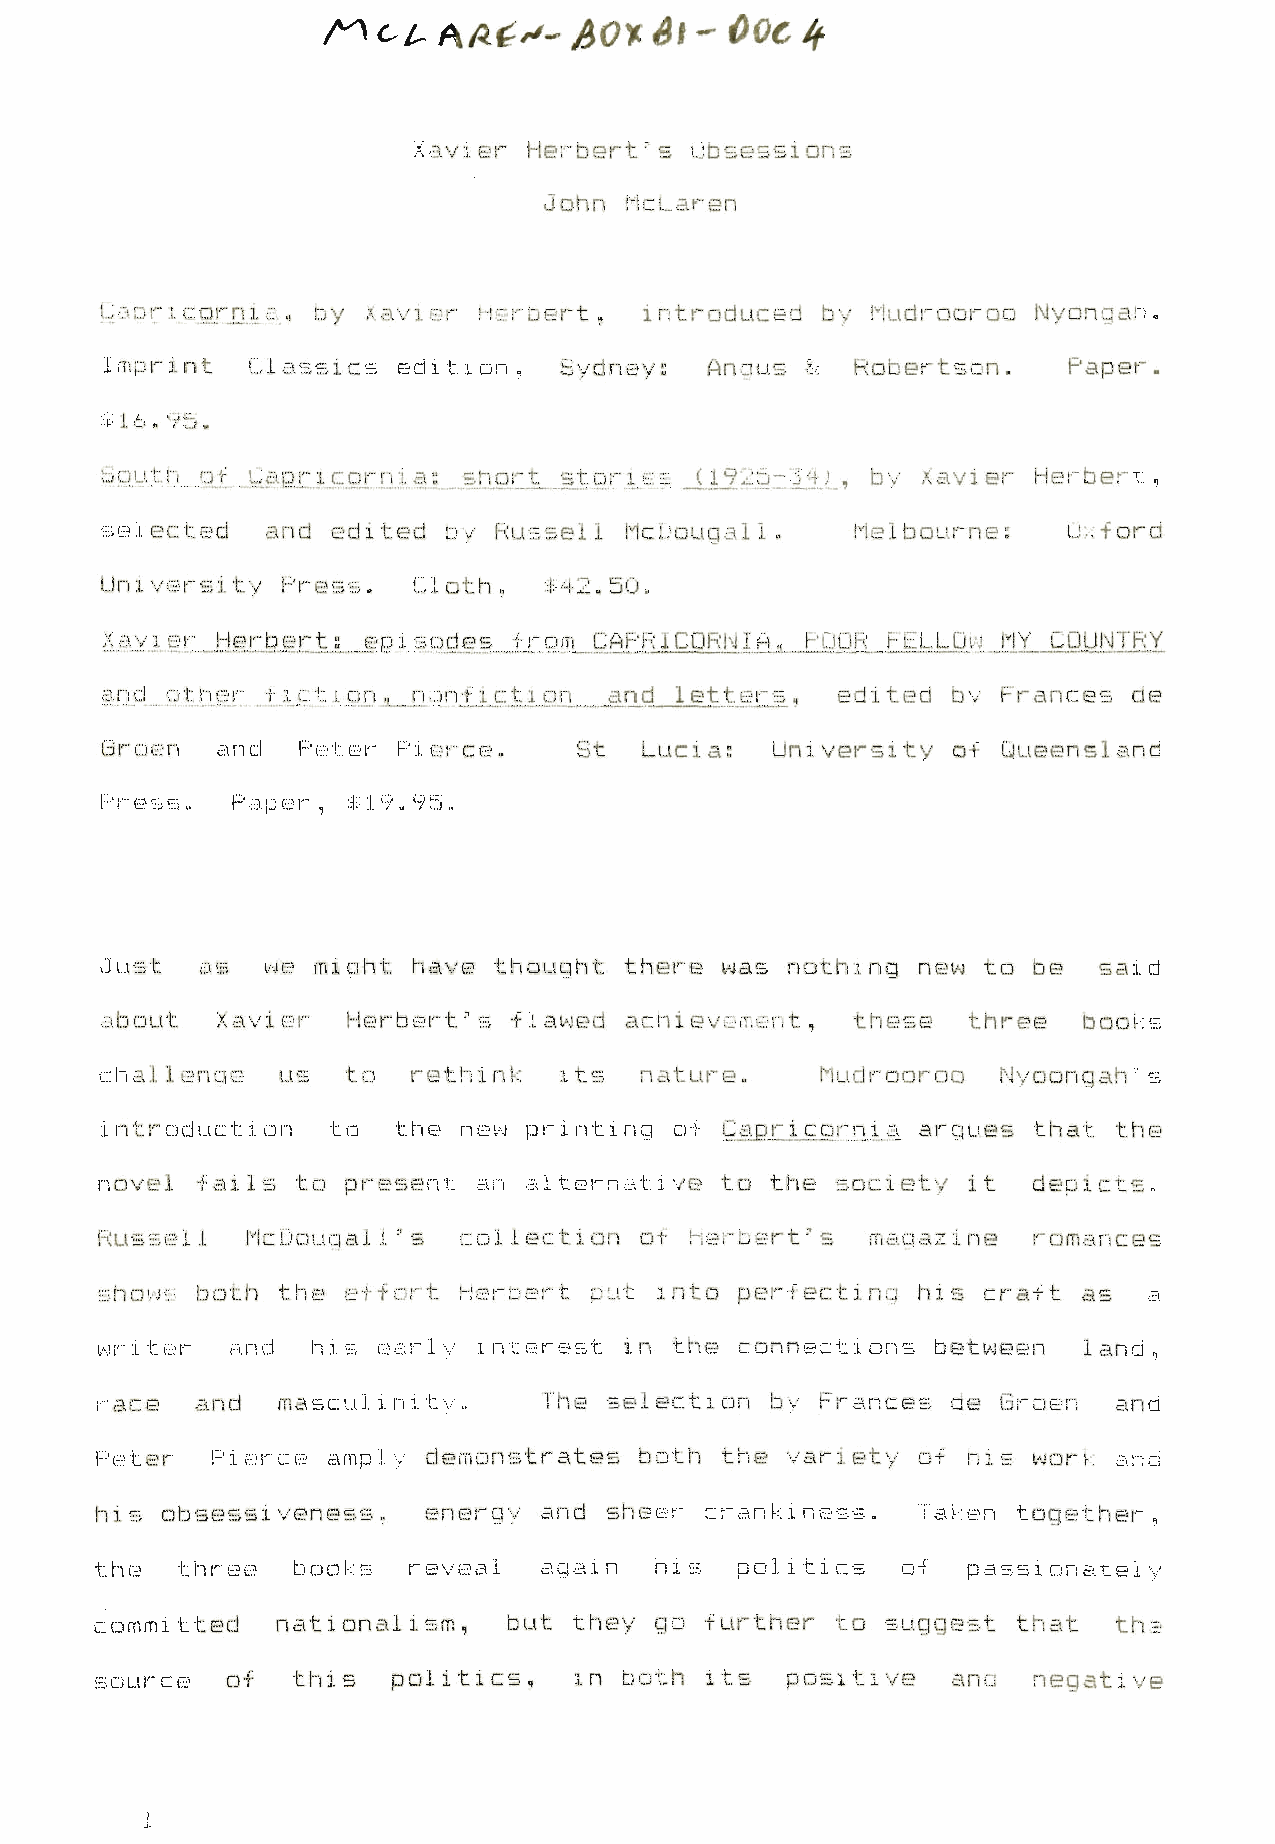
/^  cu  A  ^^   fro*  Si  - Ooc if-
 Xavier Herbert's Obsessions
 John McLaren
 Capricornia,, by xavier Herbert, introduced by Mudrooroo Nyonqah.
 Imprint Classics edition, Sydney: Angus A- Robertson. Paper.
 * 1.6, 95.
 South of Uipricorrn a: short stoyi *. -n. _1.192by ALTA, bv Xavier Herbert,
 selected and edited by Russell McDougalI, Melbourne: Oxford
 University Press. Cloth, $42.50.
 ;iavisj:.__Her^ert.: episodes from CAPRI CORN I A, POOR FELLOw MY COUNTRY
 and ot hey f 1 c t y on , _nnnf 1 c.t 1 ojy and letters , edited bv trances de
 L
 Groen and Peter Pierce. St Lucia; University of Queensland
 Press„ Paper, *19„95,
 Just as we might have thought there was nothing new to be said
 about Xavier Herbert's flawed achievement, these three books
 cha 11 encie us to reth i n k 11s nature, Mudrooroo Nyoongah ;' s
 i ntroduc13. on to the new printing oA Capr icorni a argues that the
 novel fails to present an alternative to the society it depicts.
 Russell McDougal I :'s collection of Herbert's magazine romances
 shows both the effort Herbert put into perfecting his craft as a
 writer and his early interest in the connections between land,
 race and masculinity,, The selection by Frances de Green and
 Peter Pierce amply demonstrates both the variety of his work and
 his obsessi veness,, energy and sheer crankiness. Taken together,
 the three books reveal again his politics o-f passionately
 committed nationalism, but they go further to suggest that the
 source of this politics, in both its positive ana negative
 !